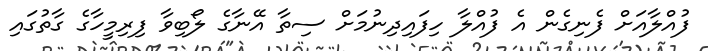
ފުއްލާއަށް ފެނިގެން އެ ފުއްލާ ހިފައިދިނުމަށް ސިތާ އޭނާގެ ލޯބިވާ ފިރިމީހާގެ ގާތުގައި